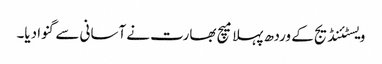
ویسٹئنڈیج کے وردھ پہلا میچ بھارت نے آسانی سے گنوا دیا۔